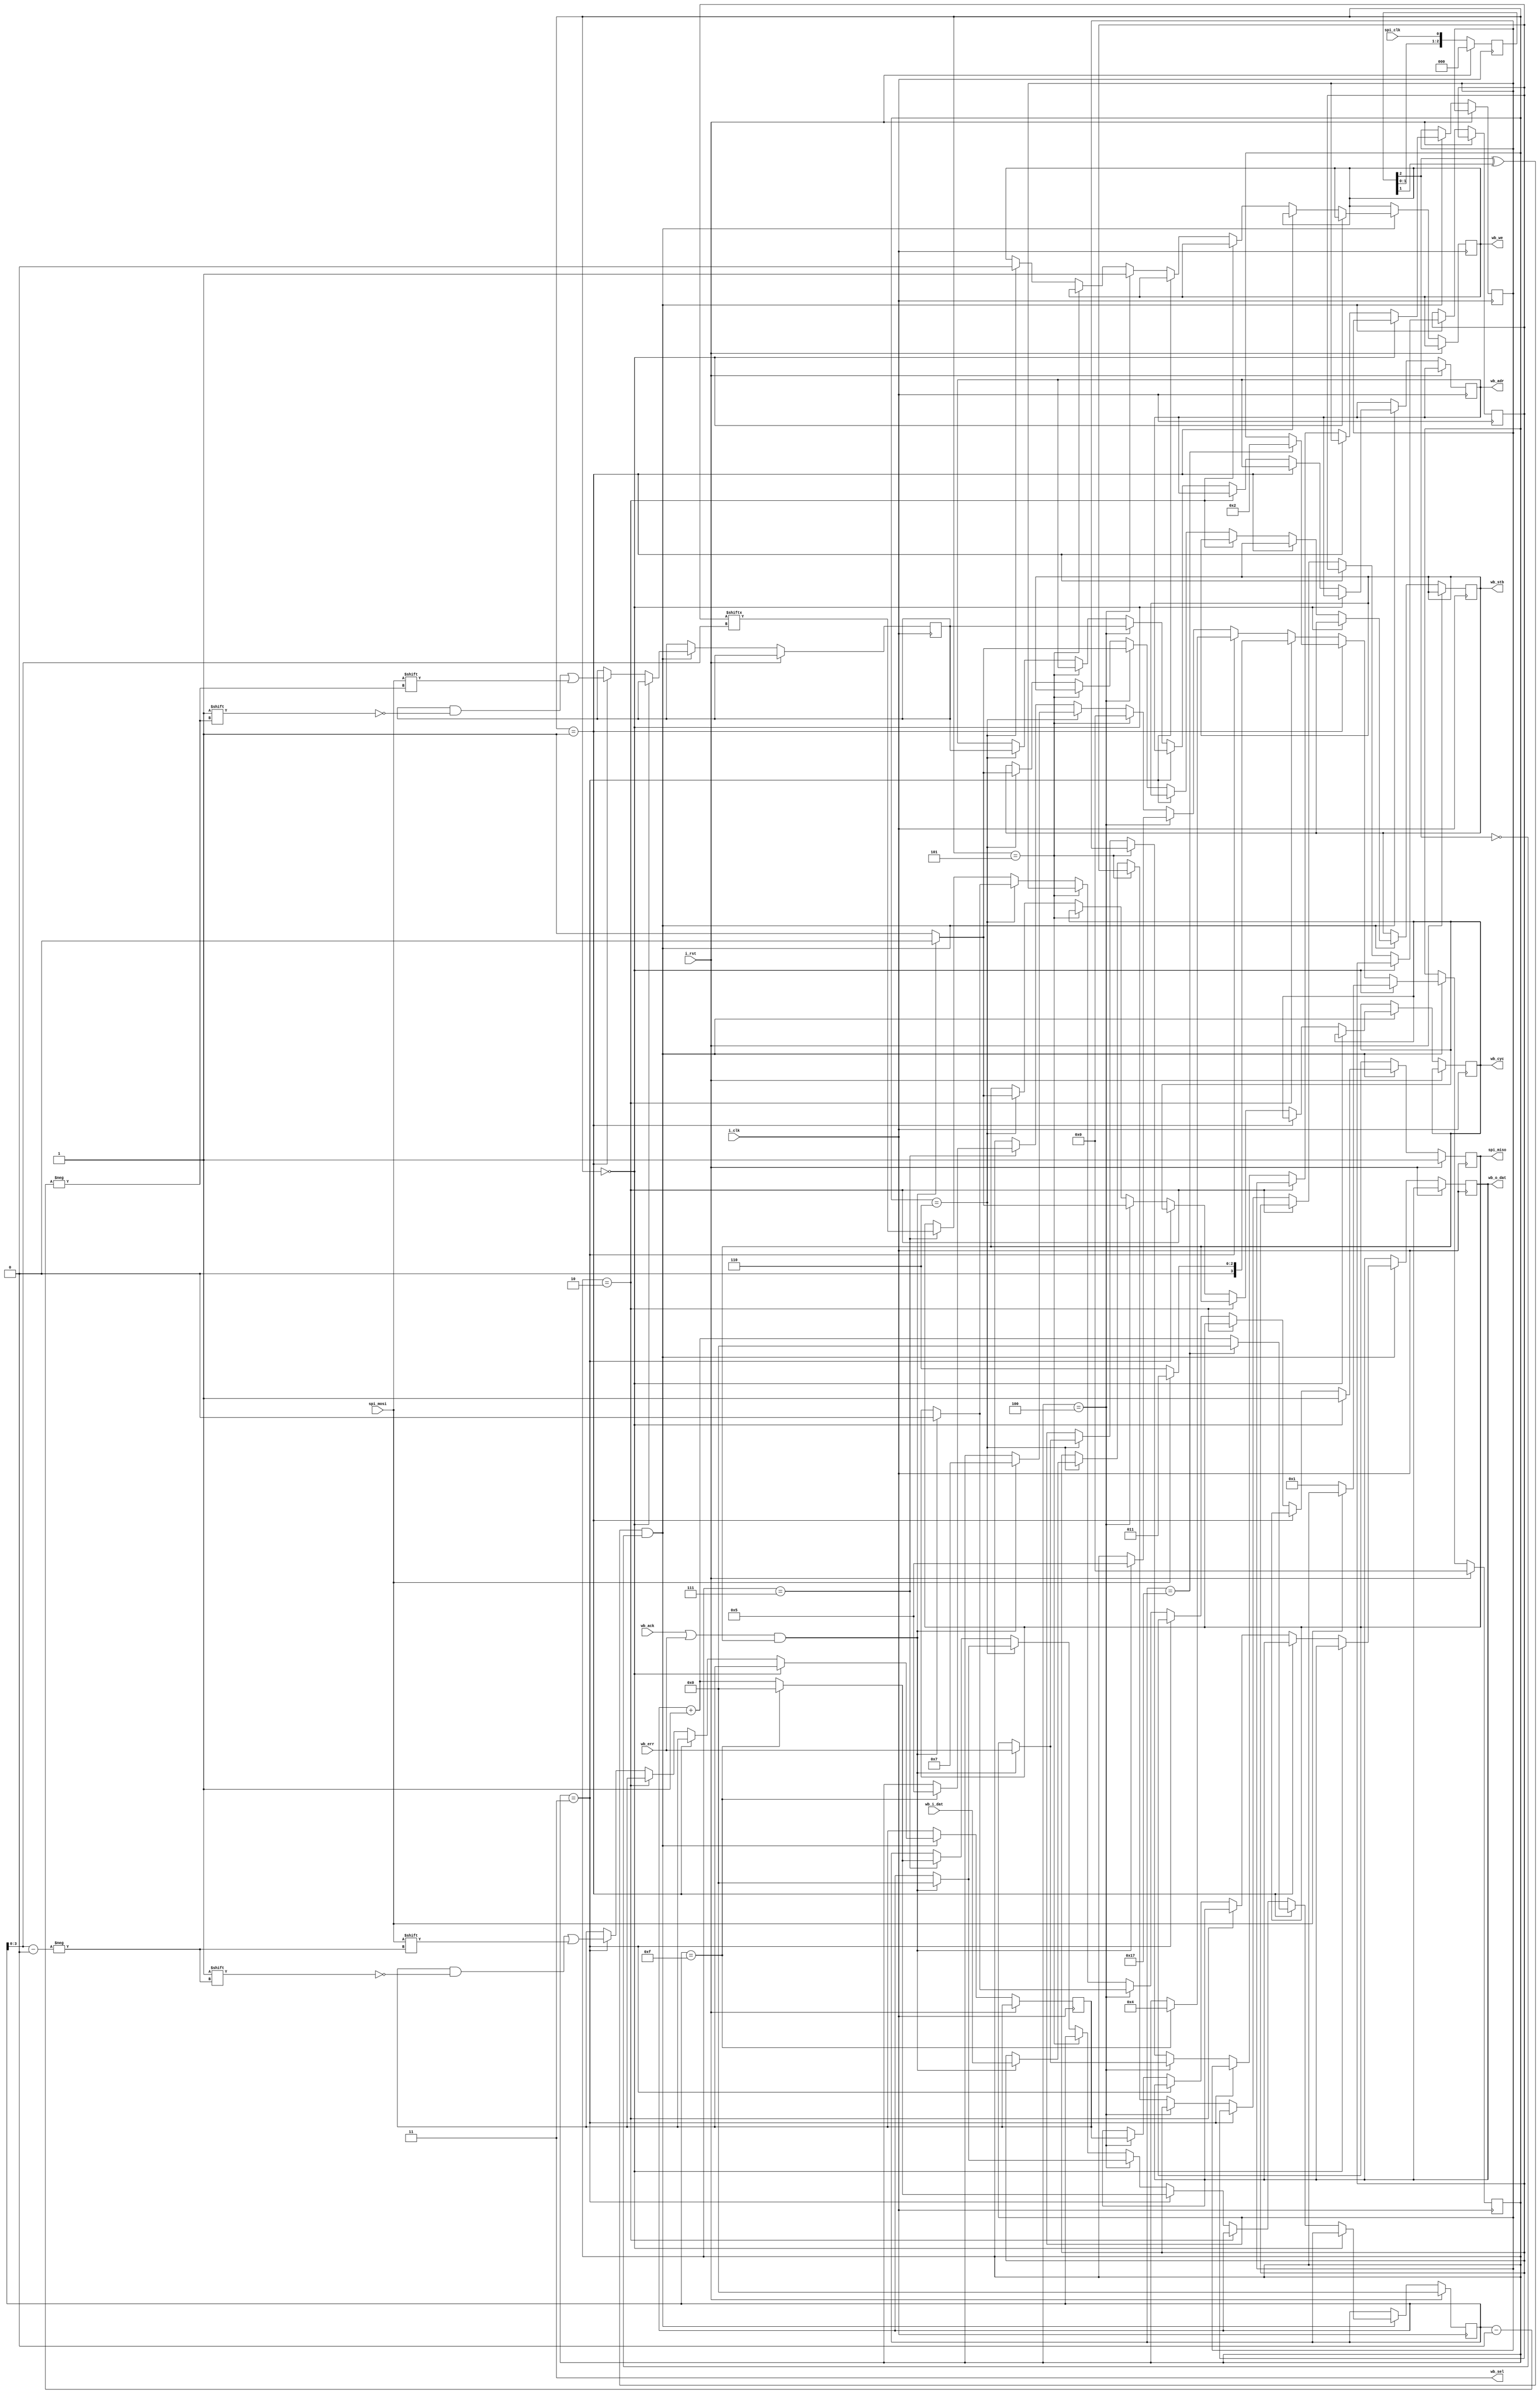
module sspi (
`ifdef USE_POWER_PINS
    inout vccd1,
    inout vssd1,
`endif
    
    input i_clk,
    input i_rst,

    input spi_clk,
    input spi_mosi,
    output reg spi_miso,

    output reg wb_cyc,
    output reg wb_stb,
    output reg [23:0] wb_adr,
    input [15:0] wb_i_dat,
    output reg [15:0] wb_o_dat,
    output reg wb_we,
    output [1:0] wb_sel,
    input wb_ack,
    input wb_err
);

reg [2:0] sy_clk;
wire sclk_edge = (sy_clk[2] ^ sy_clk[1]) & ~sy_clk[2];
always @(posedge i_clk) begin
    if (i_rst) sy_clk <= 3'b0;
    else sy_clk <= {sy_clk[1], sy_clk[0], spi_clk};
end

reg [23:0] req_addr;
reg [15:0] req_data;
reg [15:0] res_data;
reg resp_err;

reg [4:0] bit_cnt;
reg [3:0] state;
localparam STATE_IDLE = 4'b0;
localparam STATE_ADDR = 4'b1;
localparam STATE_RW = 4'b10;
localparam STATE_WRITE_DAT = 4'b11;
localparam STATE_WRITE_WB = 4'b100;
localparam STATE_WB_RESP = 4'b101;
localparam STATE_READ_WB = 4'b110;
localparam STATE_READ_DAT = 4'b111;

always @(posedge i_clk) begin
    if (i_rst) begin
        state <= STATE_IDLE;
        bit_cnt <= 'b0;
        spi_miso <= 1'b1;
    end else if (sclk_edge) begin
        if (state == STATE_IDLE) begin
            spi_miso <= 1'b1;
            if (~spi_mosi)
                state <= STATE_ADDR; 
        end else if (state == STATE_ADDR) begin
            req_addr[bit_cnt] <= spi_mosi; 
            bit_cnt <= bit_cnt + 5'b1;

            if (bit_cnt == 5'd23) begin
                state <= STATE_RW;
                bit_cnt <= 5'b0;
            end
        end else if (state == STATE_RW) begin
            state <= (spi_mosi ? STATE_WRITE_DAT : STATE_READ_WB);
        end else if (state == STATE_WRITE_DAT) begin
            req_data[bit_cnt[3:0]] <= spi_mosi; 
            bit_cnt <= bit_cnt + 5'b1;

            if (bit_cnt == 5'd15) begin
                state <= STATE_WRITE_WB;
                bit_cnt <= 5'b0;
            end
        end else if (state == STATE_WRITE_WB) begin
            wb_cyc <= 1'b1;
            wb_stb <= 1'b1;
            wb_we <= 1'b1;

            wb_adr <= req_addr;
            wb_o_dat <= req_data;
            
            if ((wb_ack | wb_err) & wb_cyc) begin
                state <= STATE_WB_RESP;
                bit_cnt <= 5'b0;

                resp_err <= wb_err;
                wb_cyc <= 1'b0;
                wb_stb <= 1'b0;
                
                spi_miso <= 1'b0; // end of wait
            end
        end else if (state == STATE_WB_RESP) begin
            spi_miso <= resp_err;
            state <= STATE_IDLE;
        end else if (state == STATE_READ_WB) begin
            wb_cyc <= 1'b1;
            wb_stb <= 1'b1;
            wb_we <= 1'b0;
            wb_adr <= req_addr;

            if ((wb_ack | wb_err) & wb_cyc) begin
                state <= STATE_READ_DAT;
                bit_cnt <= 5'b0;

                res_data <= wb_i_dat;
                resp_err <= wb_err;
                wb_cyc <= 1'b0;
                wb_stb <= 1'b0;
                
                spi_miso <= 1'b0; // end of wait
            end
        end else if (state == STATE_READ_DAT) begin
            spi_miso <= res_data[bit_cnt[3:0]]; 
            bit_cnt <= bit_cnt + 5'b1;

            if (bit_cnt == 5'd15) begin
                state <= STATE_WB_RESP;
                bit_cnt <= 5'b0;
            end
        end
    end
end

assign wb_sel = 2'b11;

endmodule